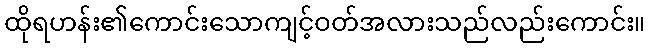
ထိုရဟန်း၏ကောင်းသောကျင့်ဝတ်အလားသည်လည်းကောင်း။